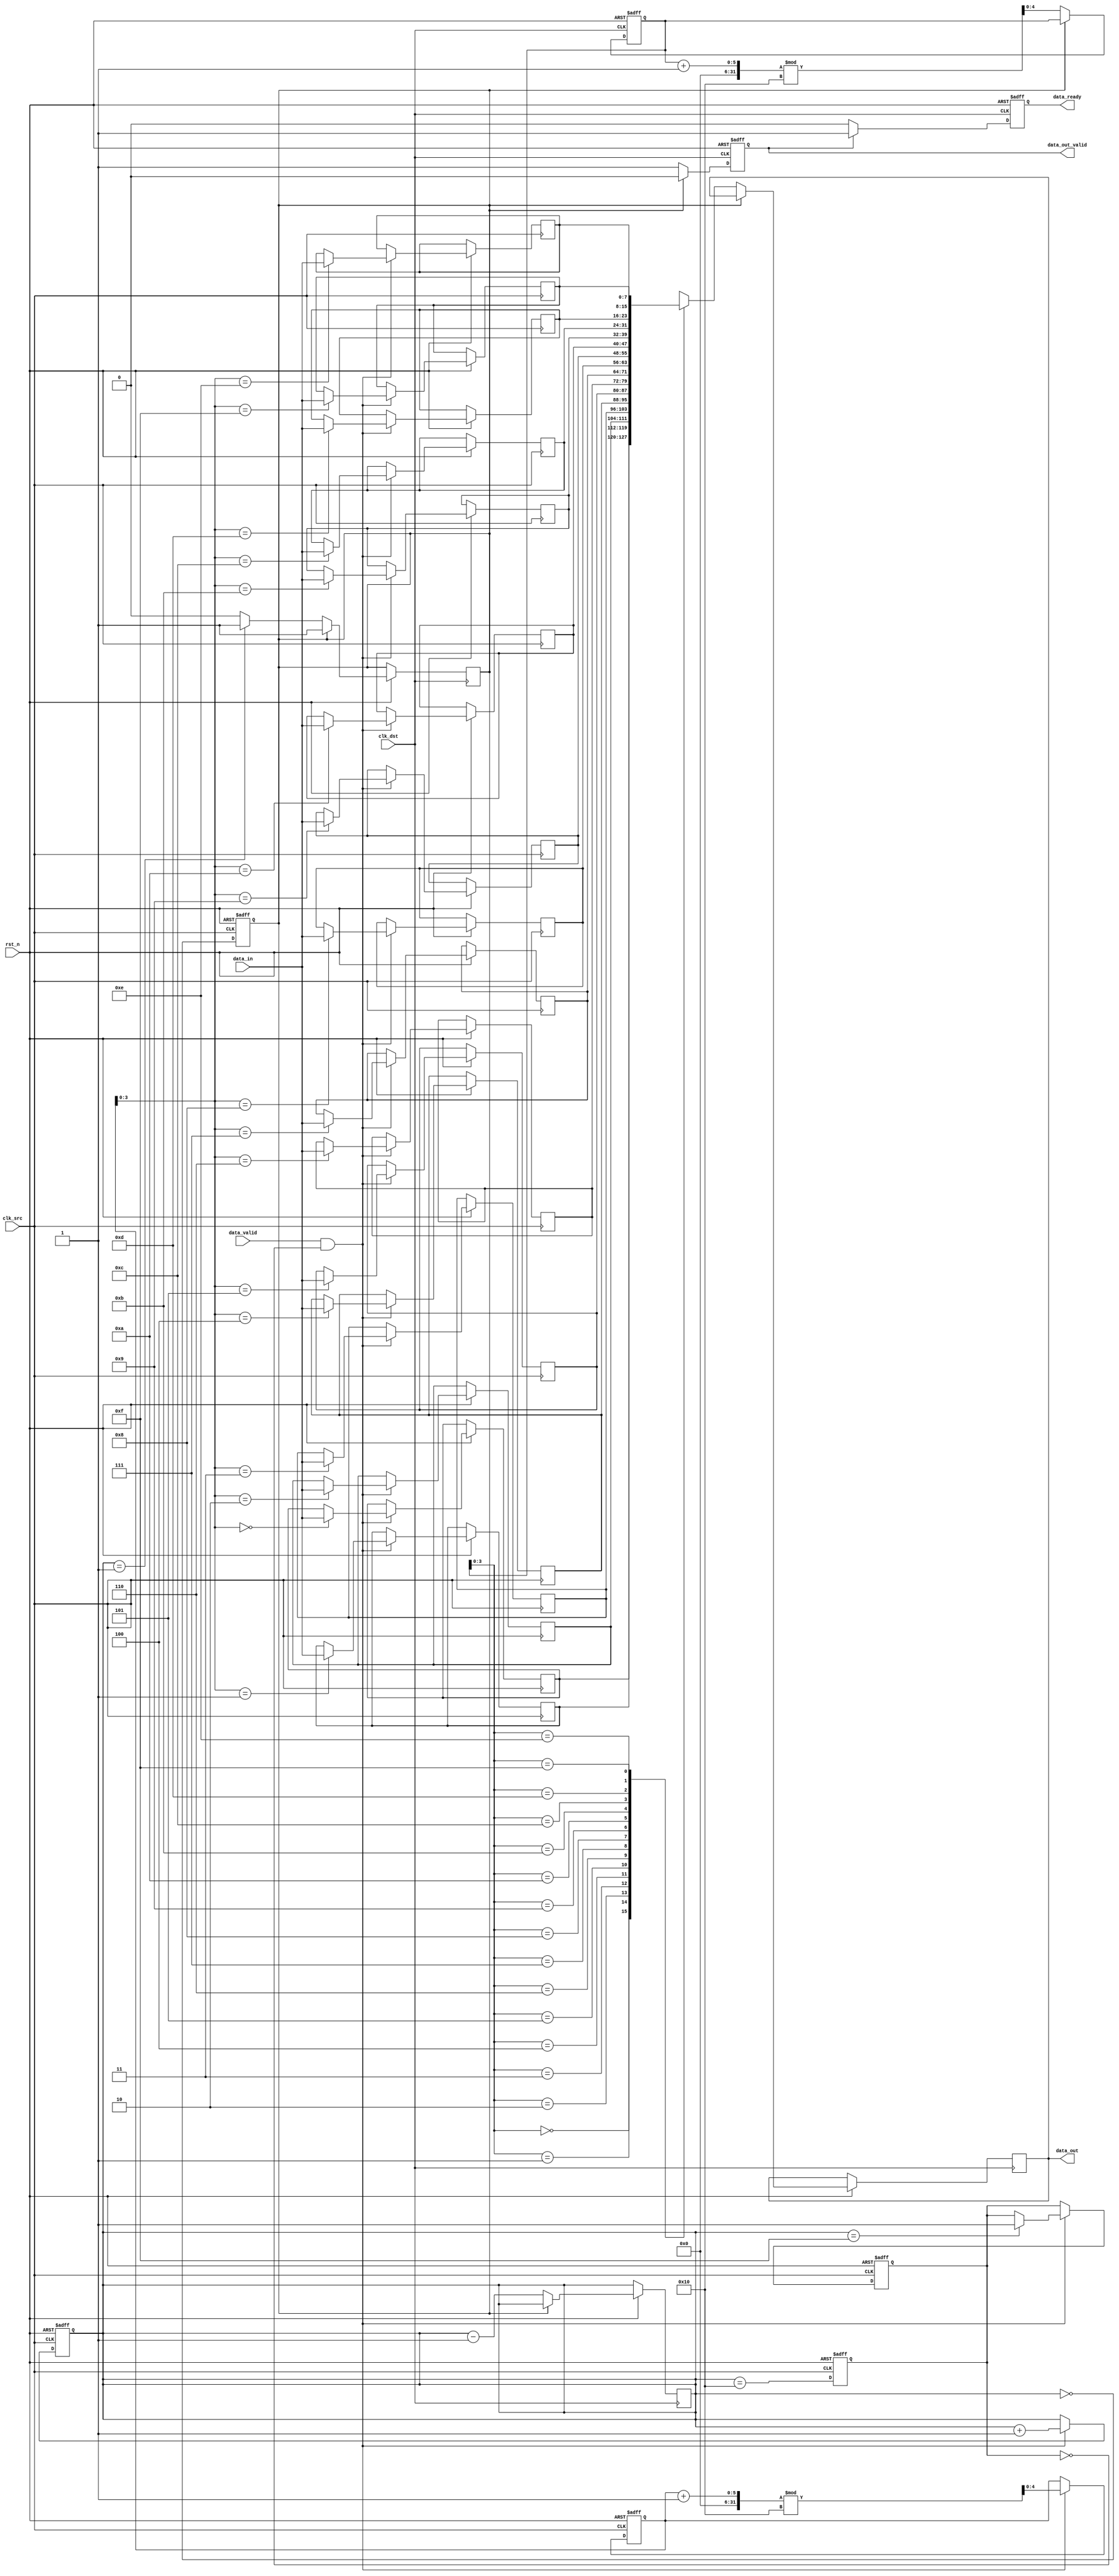
module burst_mode_synchronizer #(
    parameter DATA_WIDTH = 8,
    parameter FIFO_DEPTH = 16
)(
    input wire clk_src,              // Source clock (faster)
    input wire clk_dst,              // Destination clock (slower)
    input wire rst_n,                // Asynchronous reset (active low)
    
    input wire [DATA_WIDTH-1:0] data_in, // Data input from source clock domain
    input wire data_valid,           // Data valid signal from source clock domain
    output reg data_ready,           // Data ready signal for destination clock domain
    output reg [DATA_WIDTH-1:0] data_out, // Synchronized data output
    output reg data_out_valid        // Data valid signal for output
);

// FIFO buffer signals
reg [DATA_WIDTH-1:0] fifo [0:FIFO_DEPTH-1];
reg [4:0] write_ptr;               // Write pointer
reg [4:0] read_ptr;                // Read pointer
reg [4:0] fifo_count;              // Number of items in FIFO

// Handshaking signals
reg fifo_full;
reg fifo_empty;

// Asynchronous reset logic
always @(posedge clk_src or negedge rst_n) begin
    if (!rst_n) begin
        write_ptr <= 0;
        fifo_count <= 0;
        fifo_full <= 0;
    end else begin
        if (data_valid && !fifo_full) begin
            fifo[write_ptr] <= data_in;
            write_ptr <= (write_ptr + 1) % FIFO_DEPTH;
            fifo_count <= fifo_count + 1;
            if (fifo_count == FIFO_DEPTH - 1) begin
                fifo_full <= 1;
            end
        end
    end
end

// FIFO read logic in destination clock domain
always @(posedge clk_dst or negedge rst_n) begin
    if (!rst_n) begin
        read_ptr <= 0;
        data_out_valid <= 0;
        data_ready <= 0;
    end else begin
        if (!fifo_empty) begin
            data_out <= fifo[read_ptr];
            data_out_valid <= 1;
            read_ptr <= (read_ptr + 1) % FIFO_DEPTH;
            fifo_count <= fifo_count - 1;
            if (fifo_count == 1) begin
                fifo_empty <= 1;
            end
        end else begin
            data_out_valid <= 0;
        end
        
        // Handshake signal
        if (data_out_valid) begin
            data_ready <= 1;
        end else begin
            data_ready <= 0;
        end
    end
end

// FIFO empty/full status
always @(posedge clk_src or negedge rst_n) begin
    if (!rst_n) begin
        fifo_empty <= 1;
    end else begin
        fifo_empty <= (fifo_count == 0);
    end
end

// FIFO full status
always @(posedge clk_src or negedge rst_n) begin
    if (!rst_n) begin
        fifo_full <= 0;
    end else begin
        fifo_full <= (fifo_count == FIFO_DEPTH);
    end
end

endmodule